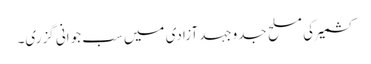
کشمیر کی مسلح جدوجہد آزادی میں سب جوانی گزری۔